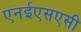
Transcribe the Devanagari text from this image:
एनईएसएसी